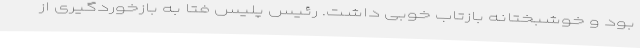
بود و خوشبختانه بازتاب خوبی داشت. رئیس پلیس فتا به بازخوردگیری از